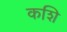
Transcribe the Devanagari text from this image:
कशि